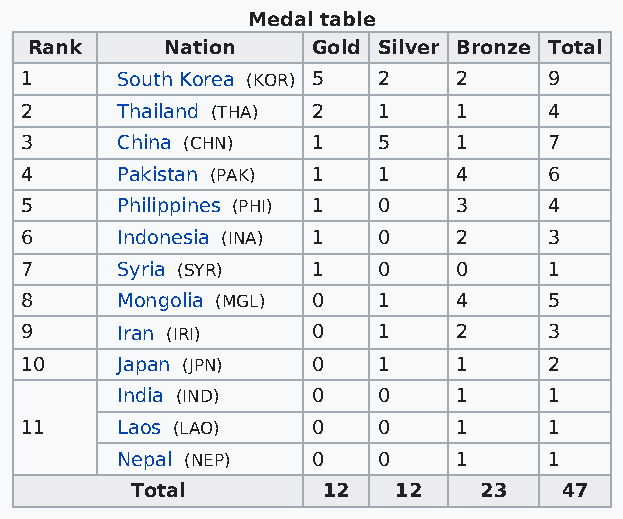
Medal table
 Rank     Nation    Gold Silver Bronze Total
 1      South Korea (KOR) 5 2 2     9
 2      Thailand (THA) 2 1    1     4
 3      China (CHN)  1   5    1     7
 4      Pakistan (PAK) 1 1    4     6
 5      Philippines (PHI) 1 0 3     4
 6      Indonesia (INA) 1 0   2     3
 7      Syria (SYR)  1   0    0     1
 8      Mongolia (MGL) 0 1    4     5
 9      Iran (IRI)   0   1    2     3
 10     Japan (JPN)  0   1    1     2
 India (IND)  0   0    1     1
 11     Laos (LAO)   0   0    1     1
 Nepal (NEP)  0   0    1     1
 Total       12   12    23   47